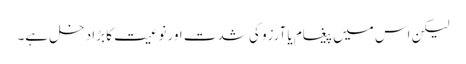
لیکن اس میں پیغام یا آرزو کی شدت اور نوعیت کا بڑا دخل ہے۔